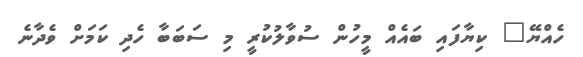
ހެއްޔޭ" ކިޔާފައި ބައެއް މީހުން ސުވާލުކުރީ މި ސަބަބާ ހެދި ކަމަށް ވެދާނެ